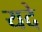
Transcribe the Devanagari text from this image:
यदे